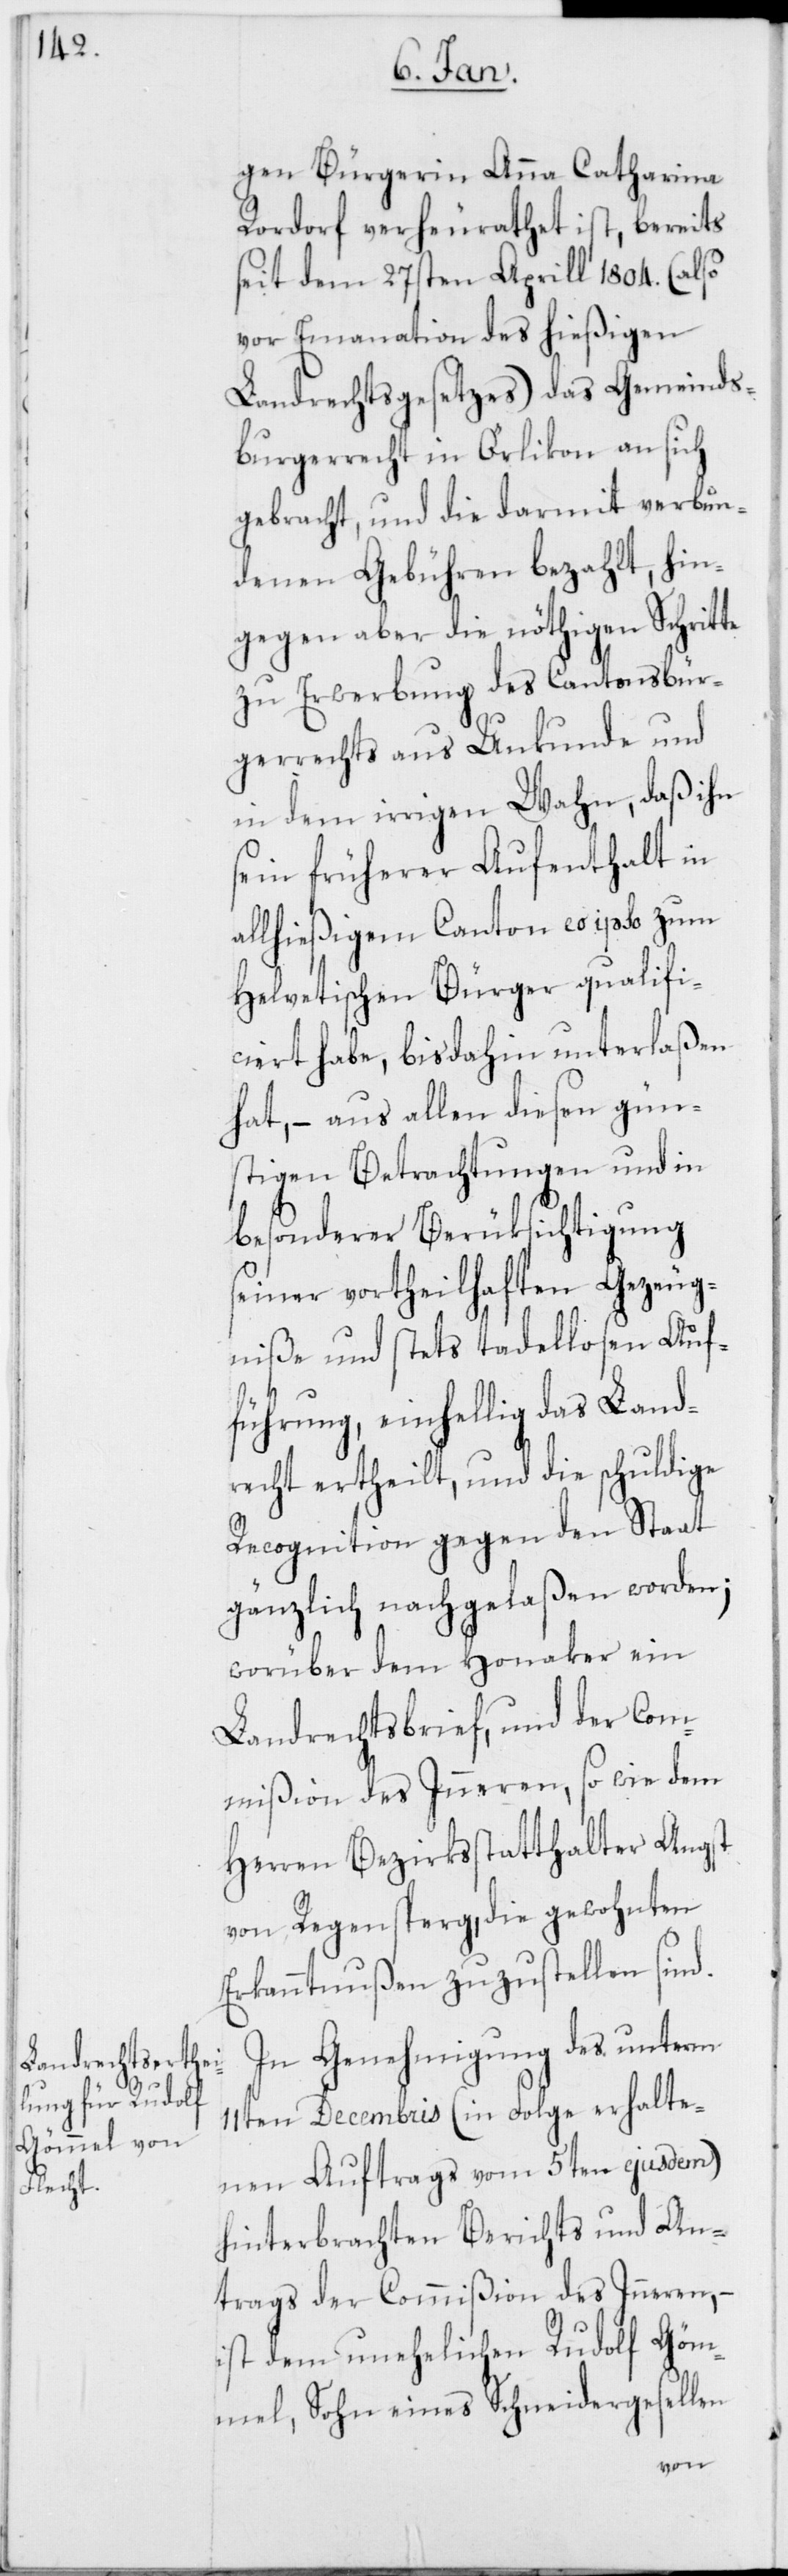
gen Bürgerin Anna Catharina
Rordorf verheurathet ist, bereits
seit dem 27ten Aprill 1804. (also
vor Emanation des hießigen
Landrechtsgesetzes) das Gemeinds¬
bürgerrecht in Örlikon an sich
gebracht, und die darmit verbun¬
denen Gebühren bezahlt, hin¬
gegen aber die nöthigen Schritte
zu Erwerbung des Cantonsbür¬
gerrechts aus Unkunde und
in dem irrigen Wahn, daß ihn
seyn früherer Aufenthalt in
allhießigem Canton eo ipso zum
Helvetischen Bürger qualifi¬
ciert habe, bisdahin unterlaßen
hat, – aus allen diesen gün¬
stigen Betrachtungen und in
besonderer Berüksichtigung
seiner vortheilhaften Gezeug¬
niße und stets tadellosen Auf¬
führung, einhellig das Land¬
recht ertheilt, und die schuldige
Recognition gegen den Staat
gänzlich nachgelaßen worden;
worüber dem Honaker ein
Landrechtsbrief, und der Com¬
mißion des Inneren, so wie dem
Herren Bezirksstatthalter Angst
von Regensperg, die gewohnten
Erkanntnußen zuzustellen sind.
In Genehmigung des unterm
11ten Decembris (in Folge erhalte¬
nen Auftrags vom 5ten ejusdem)
hinterbrachten Berichts und An¬
trags der Commißion des Inneren, –
ist dem unehelichen Rudolf Göm¬
mel, Sohn eines Schneidergesellen